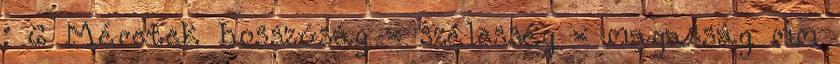
: 6 Méretek hosszúság × szélesség × magasság mm